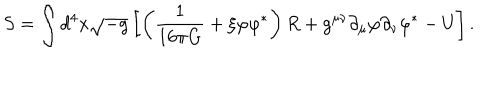
LaTeX: S = \int d ^ { 4 } x \sqrt { - g } \left[ \left( \frac { 1 } { 1 6 \pi G } + \xi \varphi { \varphi } ^ { \ast } \right) R + g ^ { \mu \nu } { \partial } _ { \mu } \varphi { \partial } _ { \nu } { \varphi } ^ { \ast } - U \right] .